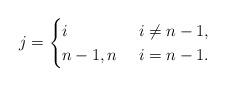
LaTeX: \begin{align*}j=\begin{cases}i&\ i\neq n-1, \\n-1, n&\ i= n-1.\end{cases}\end{align*}